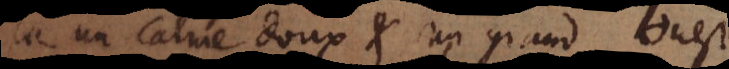
là un calme doux et un grand ouest.